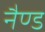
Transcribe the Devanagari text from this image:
नैण्ड